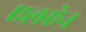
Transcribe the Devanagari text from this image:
एलऐन